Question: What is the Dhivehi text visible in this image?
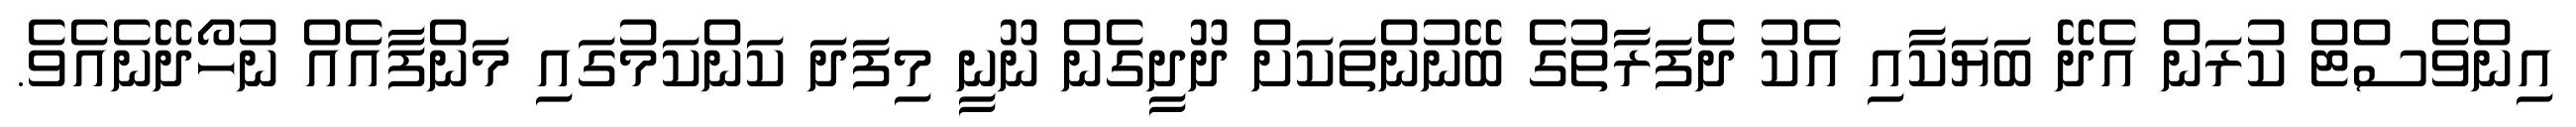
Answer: އިންވެސްޓް ކުރަން އެދޭ ބަޔަކާއި އެކު ދެފަރާތުގެ ބޭނުންތަކަށް ދޫދީގެން ނޫނީ މިފަދަ ކަންކަމުގައި މަންފާއެއް ނުހޯދޭނެއެވެ.